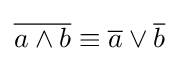
{\overline {a\land b}}\equiv {\overline {a}}\lor {\overline {b}}